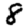
Digit: 8